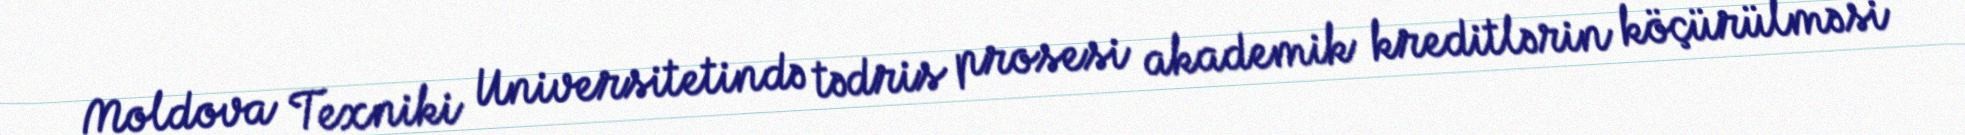
Moldova Texniki Universitetində tədris prosesi akademik kreditlərin köçürülməsi